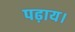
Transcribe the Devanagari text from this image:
पढ़ाय।